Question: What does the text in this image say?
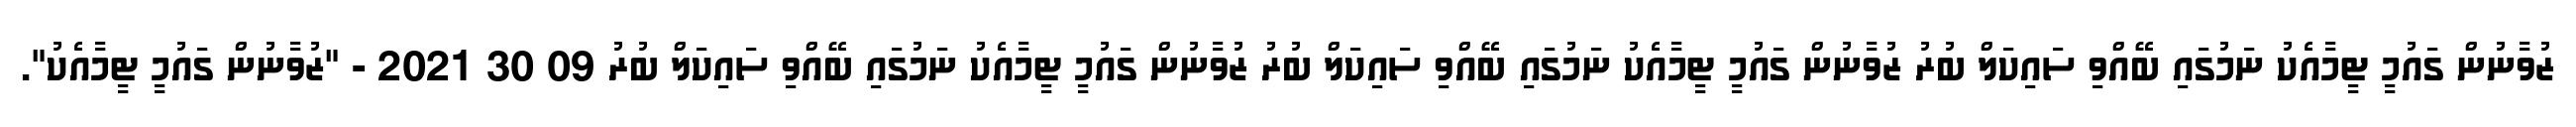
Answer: ޒުވާނުން ގައުމީ ޓީމާއެކު ނަމުގައި ބޭއްވި ސައިކަލް ބުރު ޒުވާނުން ގައުމީ ޓީމާއެކު ނަމުގައި ބޭއްވި ސައިކަލް ބުރު ޒުވާނުން ގައުމީ ޓީމާއެކު ނަމުގައި ބޭއްވި ސައިކަލް ބުރު 09 30 2021 - "ޒުވާނުން ގައުމީ ޓީމާއެކު".